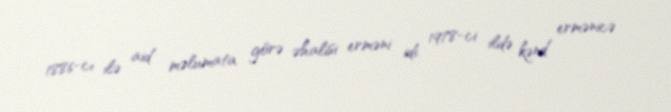
1886-cı ilə aid məlumata görə əhalisi erməni idi. 1978-ci ildə kənd ermənicə